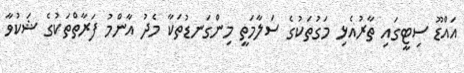
އައްޑޫ ސިޓީގައި ތާރުއެޅި މަގުތަކުގެ ސަލާމަތީ މިންގަނޑުތަކާ މެދު އާންމު ފަރާތްތަކުގެ ޝަކުވާ